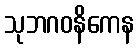
သုဘဂဝနိကေန